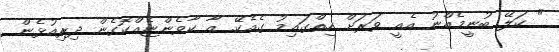
" ކަލޭ ބުނީމެއްނު އެއީ ވަރަށް ހިތްގައިމު ގެއެކޭ. އާ ކާވެންޏެއްކޮގެން ދިރިއުޅެން